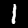
Digit: 1